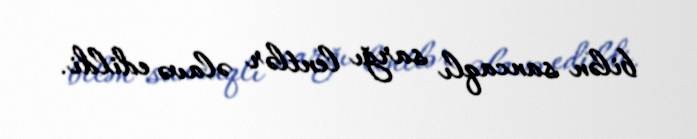
bilən sancaqlı sarğı lentlər əlavə edildi.